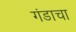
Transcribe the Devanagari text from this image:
गंडाचा